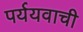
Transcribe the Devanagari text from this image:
पर्ययवाची